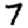
Digit: 7